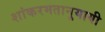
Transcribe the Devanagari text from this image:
शांकरमतानुयायी